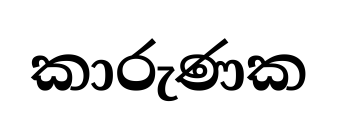
කාරුණක